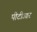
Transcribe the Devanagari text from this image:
पीटीआर